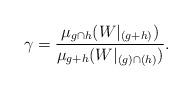
LaTeX: \begin{align*}\gamma = \frac{\mu_{g \cap h}(W|_{(g+h)} )}{\mu_{g + h}(W|_{(g) \cap (h)}) }.\end{align*}